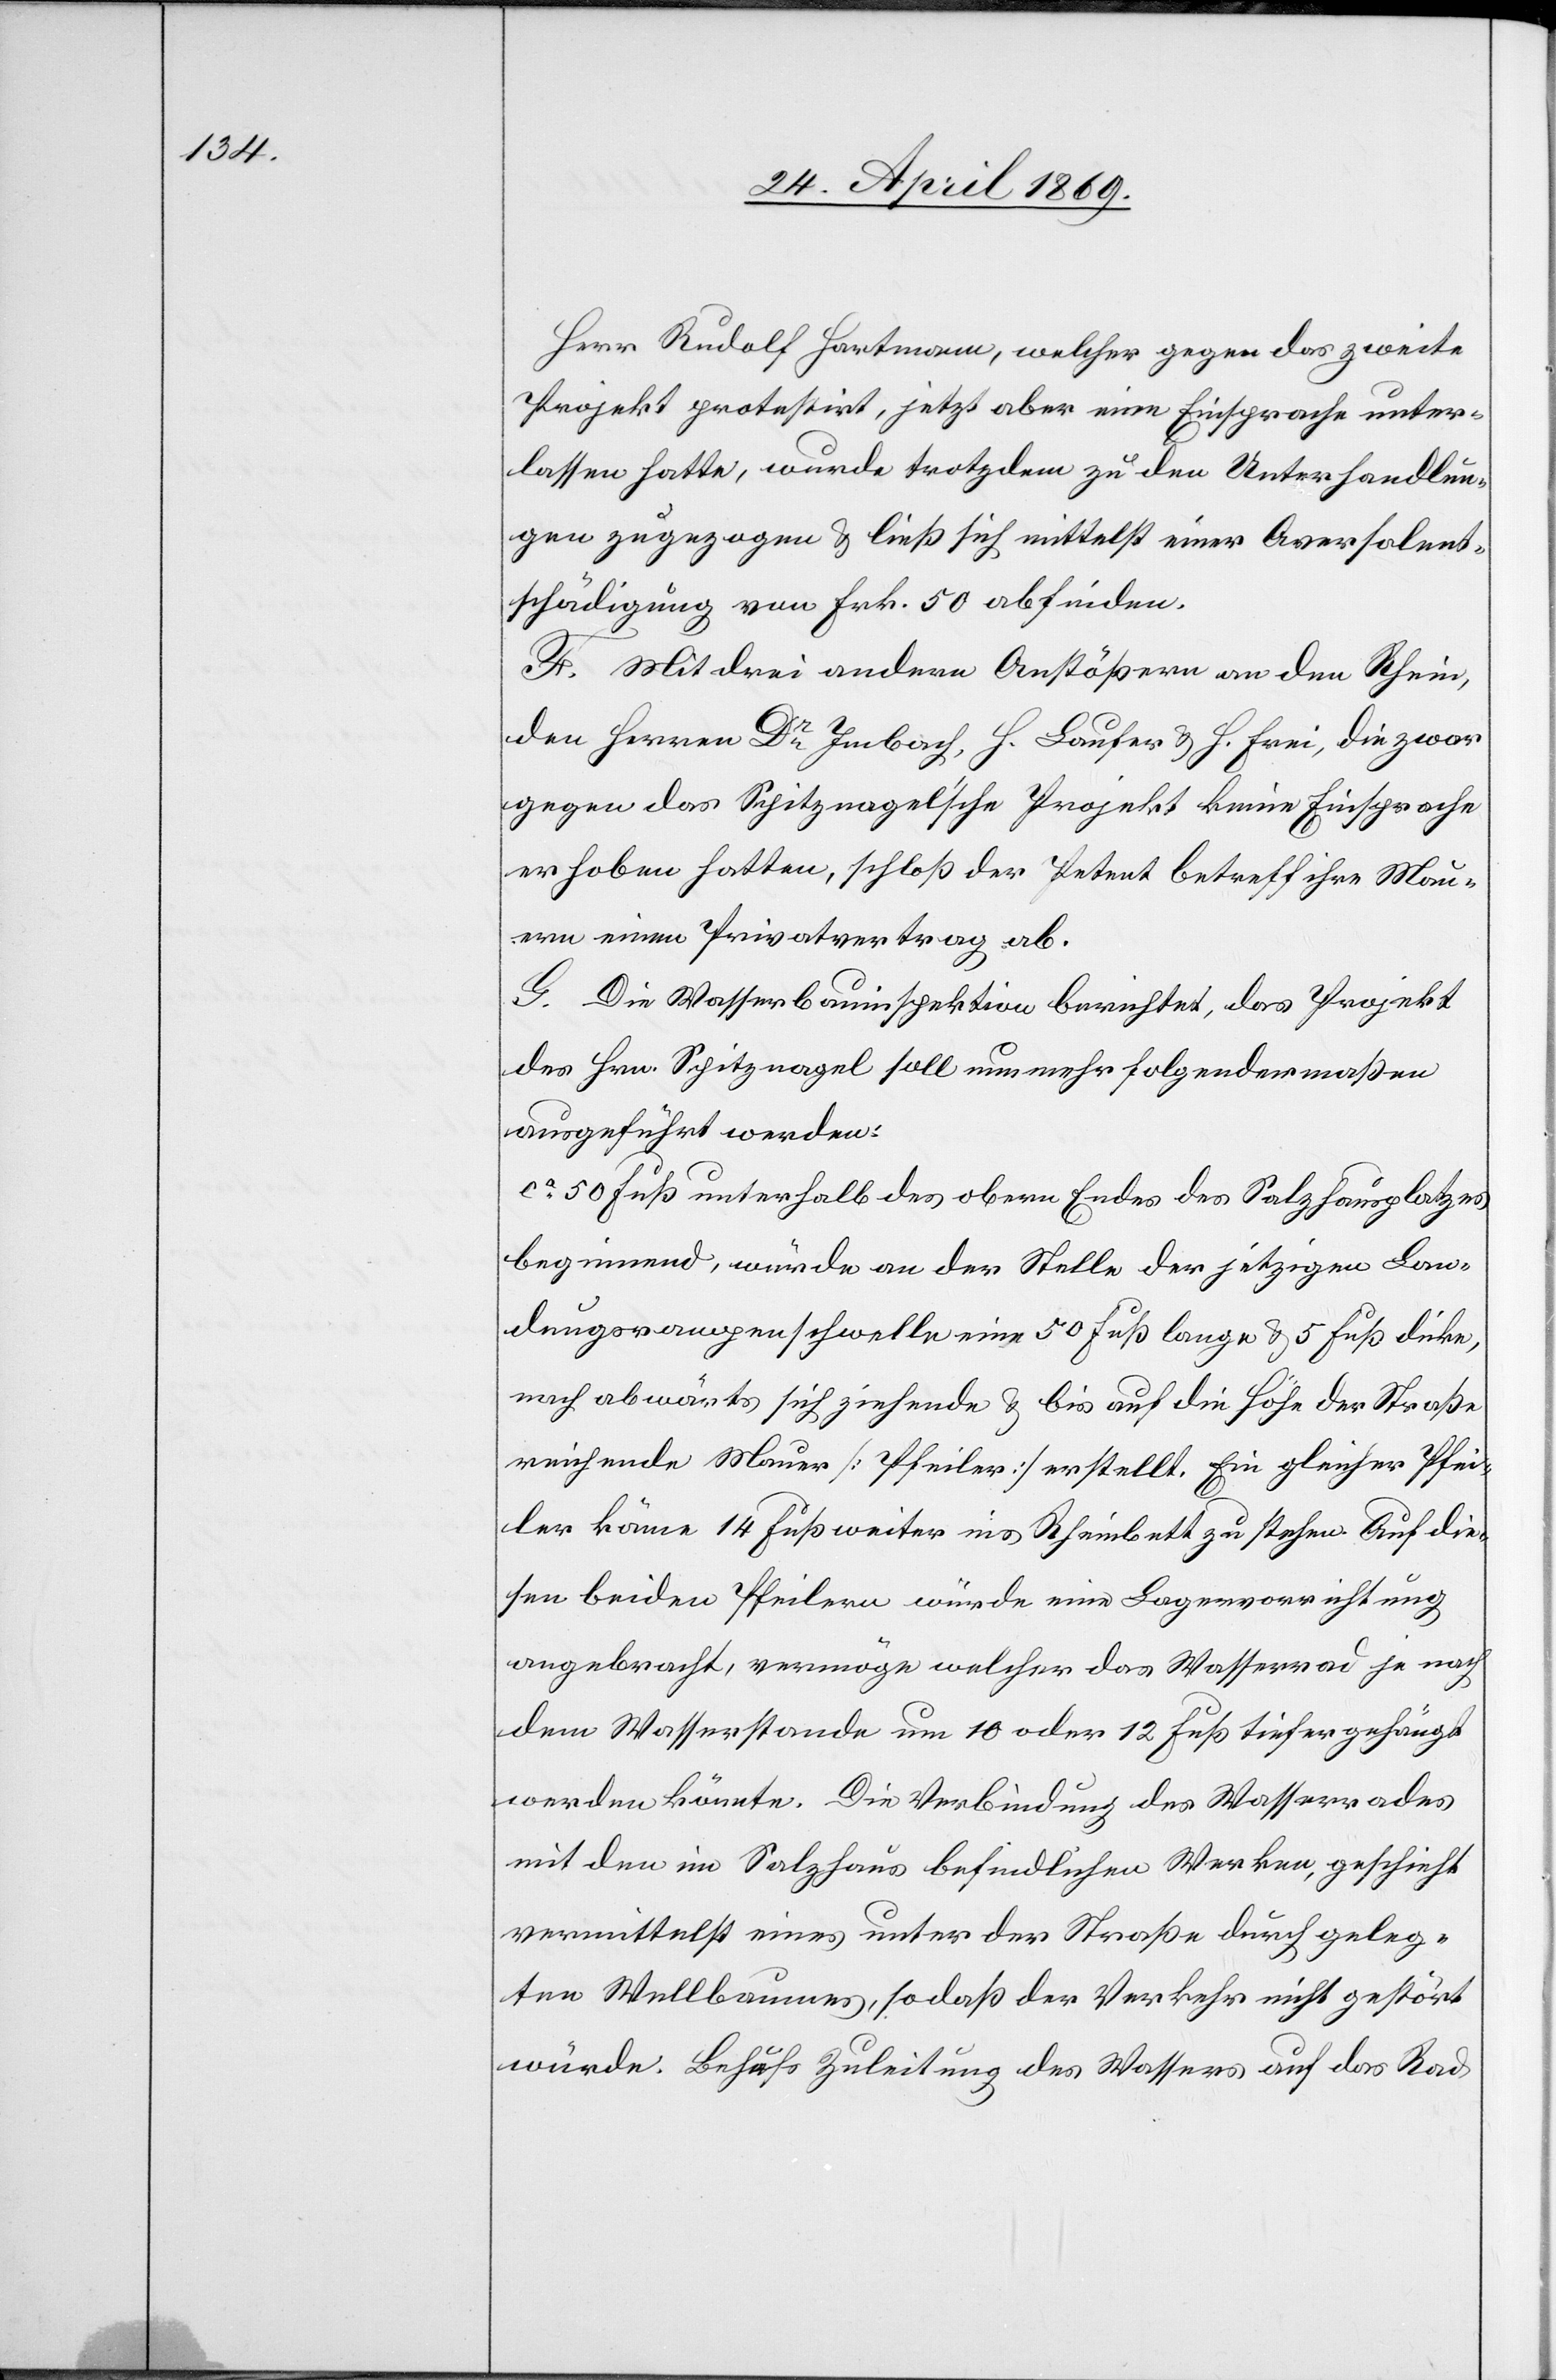
Herr Rudolf Hartmann, welcher gegen das zweite
Projekt protestirt, jetzt aber eine Einsprache unter¬
lassen hatte, wurde trotzdem zu den Unterhandlun¬
gen zugezogen u. ließ sich mittelst einer Aversolent¬
schädigung [sic!] von Frk. 50 abfinden.
F. Mit drei andern Anstößern an den Rhein,
den Herren Dr Imbach, H. Laufer u. H. Frei, die zwar
gegen das Spitznagel’sche Projekt keine Einsprache
erhoben hatten, schloß der Petent betreff ihre Mau¬
ern einen Privatvertrag ab.
G. Die Wasserbauinspektion berichtet, das Projekt
des Hrn. Spitznagel soll nunmehr folgendermaßen
ausgeführt werden:
ca 50 Fuß unterhalb des obern Endes des Salzhausplatzes
beginnend, würde an der Stelle der jetzigen Lan¬
dungsrampenschwelle eine 50 Fuß lange u. 5 Fuß dicke,
nach abwärts sich ziehende u. bis auf die Höhe der Straße
reichende Mauer [Pfeiler] erstellt. Ein gleicher Pfei¬
ler käme 14 Fuß weiter ins Rheinbett zu stehen. Auf die¬
sen beiden Pfeilern würde eine Lagervorrichtung
angebracht, vermöge welcher das Wasserrad je nach
dem Wasserstande um 10 oder 12 Fuß tiefer gehängt
werden könnte. Die Verbindung des Wasserrades
mit den im Salzhaus befindlichen Werken, geschieht
vermittelst eines unter der Straße durch gelege¬
nen Wellbaumes, so daß der Verkehr nicht gestört
würde. Behufs Zuleitung des Wassers auf das Rad